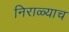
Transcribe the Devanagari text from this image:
निराळ्याच